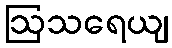
ဩသရေယျ